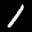
Label: 1